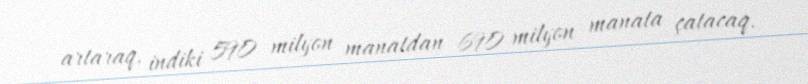
artaraq, indiki 590 milyon manatdan 690 milyon manata çatacaq.